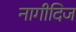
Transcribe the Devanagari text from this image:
नागीदिज